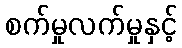
စက်မှုလက်မှုနှင့်